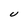
Character: U